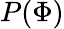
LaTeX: P(\Phi)